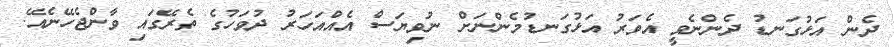
ދެން އަޅުގަނޑު ދެންނެވީ އެވަރު އަޅުގަނޑުމެންނަށް ނުވިޔަސް އެއްއަހަރު ދުވަހުގެ ތެރޭގައި ވާންޖެހޭނެއޭ.